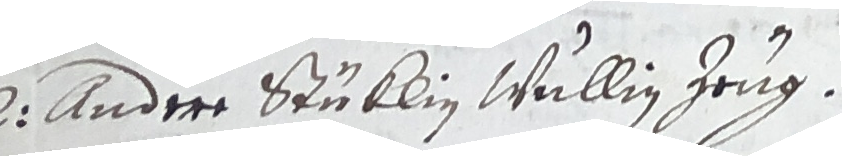
2 Andere stüklin wüllin zeug.